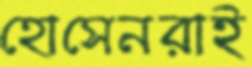
হোসেনরাই